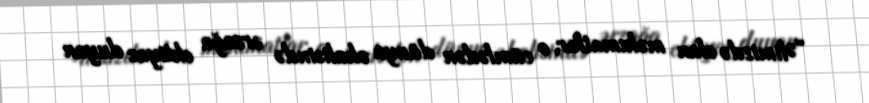
“Əlimizdə olan məlumatlar, o cümlədən dünya əhalisində ərzağa ehtiyac duyan